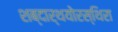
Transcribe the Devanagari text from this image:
शब्दार्थयोरस्थिरा